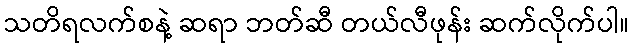
သတိရလက်စနဲ့ ဆရာ ဘတ်ဆီ တယ်လီဖုန်း ဆက်လိုက်ပါ။